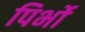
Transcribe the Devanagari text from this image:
पिर्भो